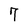
Character: 7